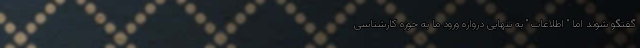
گفتگو شوند اما " اطلاعات " به تنهایی دروازه ورود ما به حوزه کارشناسی